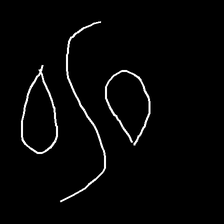
Glyph: water